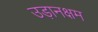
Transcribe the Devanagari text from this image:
उड़ानक्षम